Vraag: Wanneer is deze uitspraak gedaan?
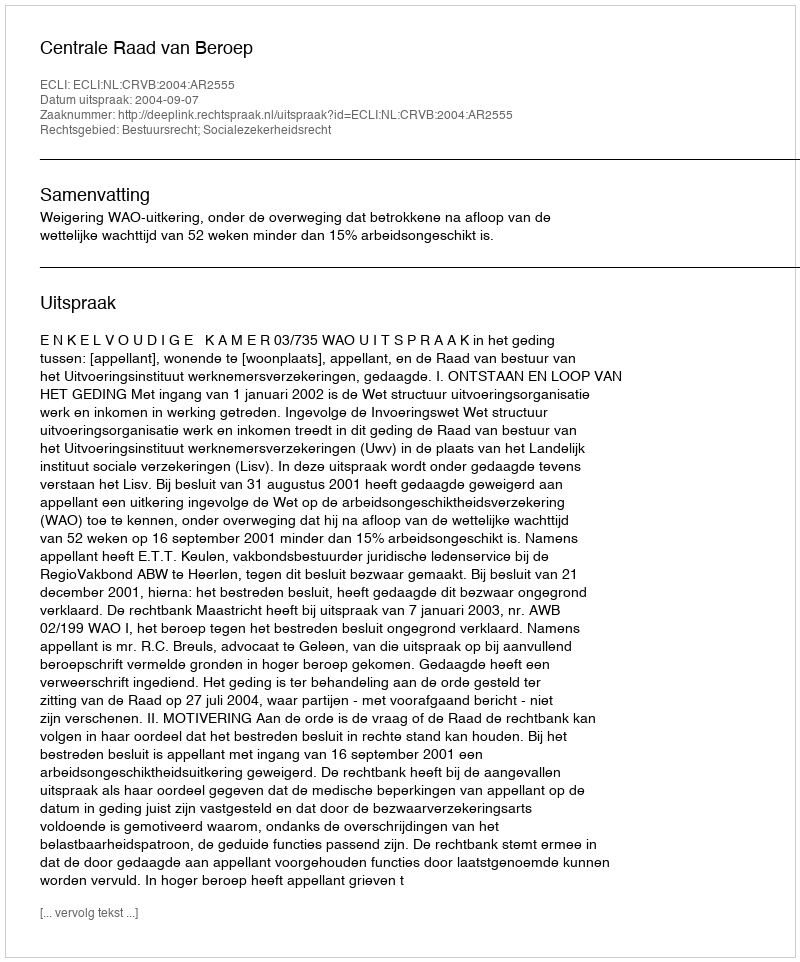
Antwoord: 2004-09-07